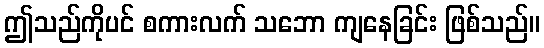
ဤသည်ကိုပင် စကားလက် သဘော ကျနေခြင်း ဖြစ်သည်။